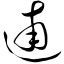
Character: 逋